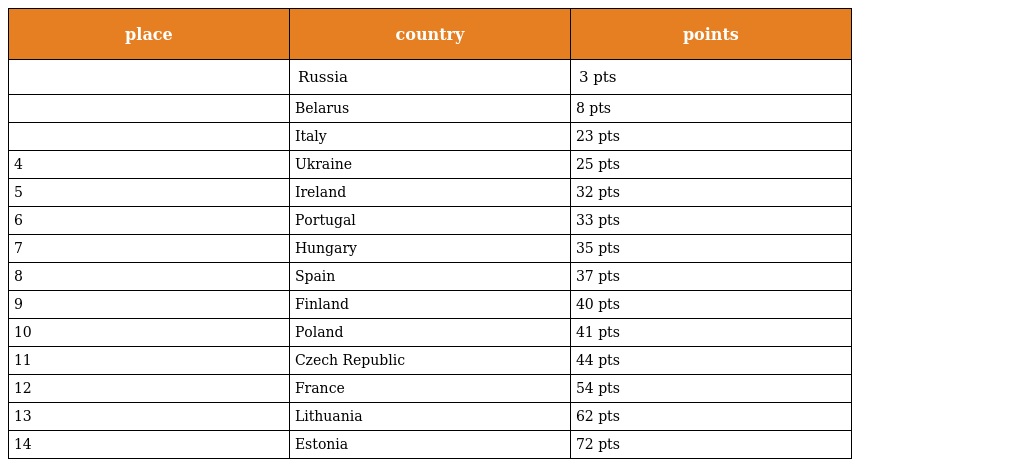
| place | country | points |
 | --- | --- | --- |
 |  | Russia | 3 pts |
 |  | Belarus | 8 pts |
 |  | Italy | 23 pts |
 | 4 | Ukraine | 25 pts |
 | 5 | Ireland | 32 pts |
 | 6 | Portugal | 33 pts |
 | 7 | Hungary | 35 pts |
 | 8 | Spain | 37 pts |
 | 9 | Finland | 40 pts |
 | 10 | Poland | 41 pts |
 | 11 | Czech Republic | 44 pts |
 | 12 | France | 54 pts |
 | 13 | Lithuania | 62 pts |
 | 14 | Estonia | 72 pts |